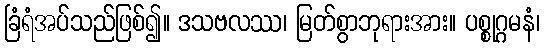
ခြံရံအပ်သည်ဖြစ်၍။ ဒသဗလဿ၊ မြတ်စွာဘုရားအား။ ပစ္စုဂ္ဂမနံ၊